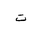
Letter: _ta